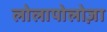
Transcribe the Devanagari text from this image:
लोलापोलोज़ा